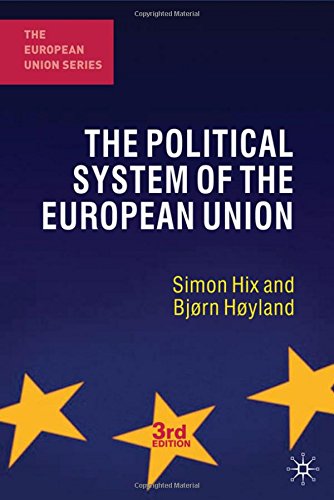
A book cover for The Political System of the European Union (European Union (Paperback Adult)); Simon Hix; Law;